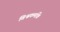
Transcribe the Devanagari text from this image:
विश्वकर्माके